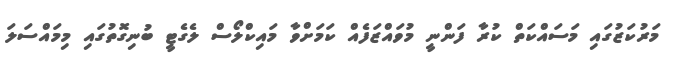
މަރުކަޒުގައި މަސައްކަތް ކުރާ ފަންނީ މުވައްޒަފެއް ކަމަށްވާ މައިކްލޯސް ލެގެޓީ ބުނިގޮތުގައި މިމައްސަލަ